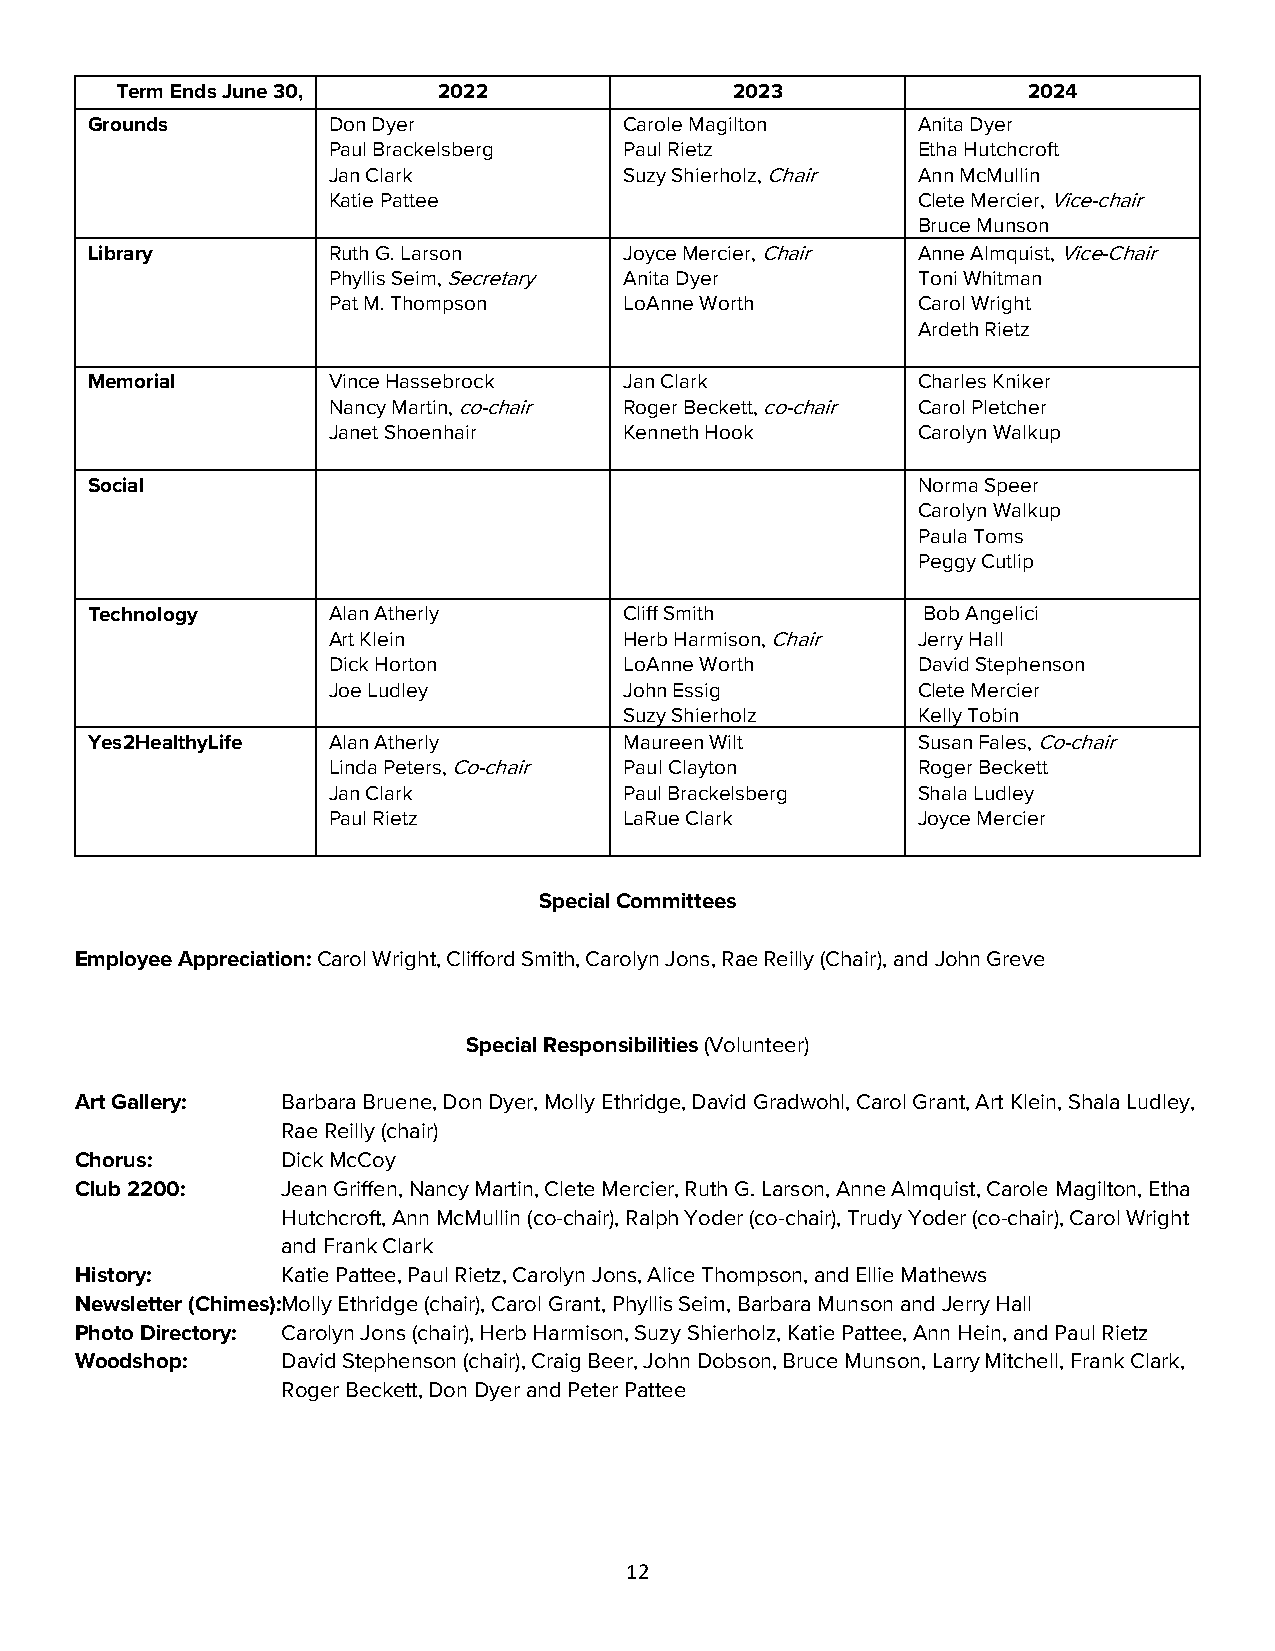
Term Ends June 30,   2022                2023               2024
 Grounds         Don Dyer           Carole Magilton     Anita Dyer
 Paul Brackelsberg  Paul Rietz          Etha Hutchcroft
 Jan Clark          Suzy Shierholz, Chair Ann McMullin
 Katie Pattee                           Clete Mercier, Vice-chair
 Bruce Munson
 Library         Ruth G. Larson     Joyce Mercier, Chair Anne Almquist, Vice-Chair
 Phyllis Seim, Secretary Anita Dyer     Toni Whitman
 Pat M. Thompson    LoAnne Worth        Carol Wright
 Ardeth Rietz
 Memorial        Vince Hassebrock   Jan Clark           Charles Kniker
 Nancy Martin, co-chair Roger Beckett, co-chair Carol Pletcher
 Janet Shoenhair    Kenneth Hook        Carolyn Walkup
 Social                                                 Norma Speer
 Carolyn Walkup
 Paula Toms
 Peggy Cutlip
 Technology      Alan Atherly       Cliff Smith         Bob Angelici
 Art Klein          Herb Harmison, Chair Jerry Hall
 Dick Horton        LoAnne Worth        David Stephenson
 Joe Ludley         John Essig          Clete Mercier
 Suzy Shierholz      Kelly Tobin
 Yes2HealthyLife Alan Atherly       Maureen Wilt        Susan Fales, Co-chair
 Linda Peters, Co-chair Paul Clayton    Roger Beckett
 Jan Clark          Paul Brackelsberg   Shala Ludley
 Paul Rietz         LaRue Clark         Joyce Mercier
 Special Committees
 Employee Appreciation: Carol Wright, Clifford Smith, Carolyn Jons, Rae Reilly (Chair), and John Greve
 Special Responsibilities (Volunteer)
 Art Gallery:  Barbara Bruene, Don Dyer, Molly Ethridge, David Gradwohl, Carol Grant, Art Klein, Shala Ludley,
 Rae Reilly (chair)
 Chorus:       Dick McCoy
 Club 2200:    Jean Griffen, Nancy Martin, Clete Mercier, Ruth G. Larson, Anne Almquist, Carole Magilton, Etha
 Hutchcroft, Ann McMullin (co-chair), Ralph Yoder (co-chair), Trudy Yoder (co-chair), Carol Wright
 and Frank Clark
 History:      Katie Pattee, Paul Rietz, Carolyn Jons, Alice Thompson, and Ellie Mathews
 Newsletter (Chimes):Molly Ethridge (chair), Carol Grant, Phyllis Seim, Barbara Munson and Jerry Hall
 Photo Directory: Carolyn Jons (chair), Herb Harmison, Suzy Shierholz, Katie Pattee, Ann Hein, and Paul Rietz
 Woodshop:     David Stephenson (chair), Craig Beer, John Dobson, Bruce Munson, Larry Mitchell, Frank Clark,
 Roger Beckett, Don Dyer and Peter Pattee
 12